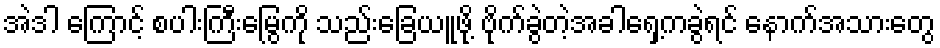
အဲဒါ ကြောင့် စပါးကြီးမြွေကို သည်းခြေယူဖို့ ဗိုက်ခွဲတဲ့အခါရှေ့ကခွဲရင် နောက်အသားတွေ